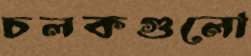
চলকগুলো